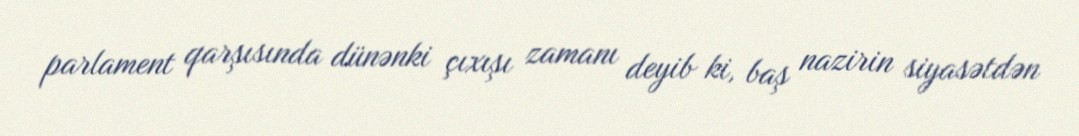
parlament qarşısında dünənki çıxışı zamanı deyib ki, baş nazirin siyasətdən